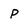
Character: P